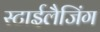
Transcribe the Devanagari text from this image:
स्टाईलैजिंग